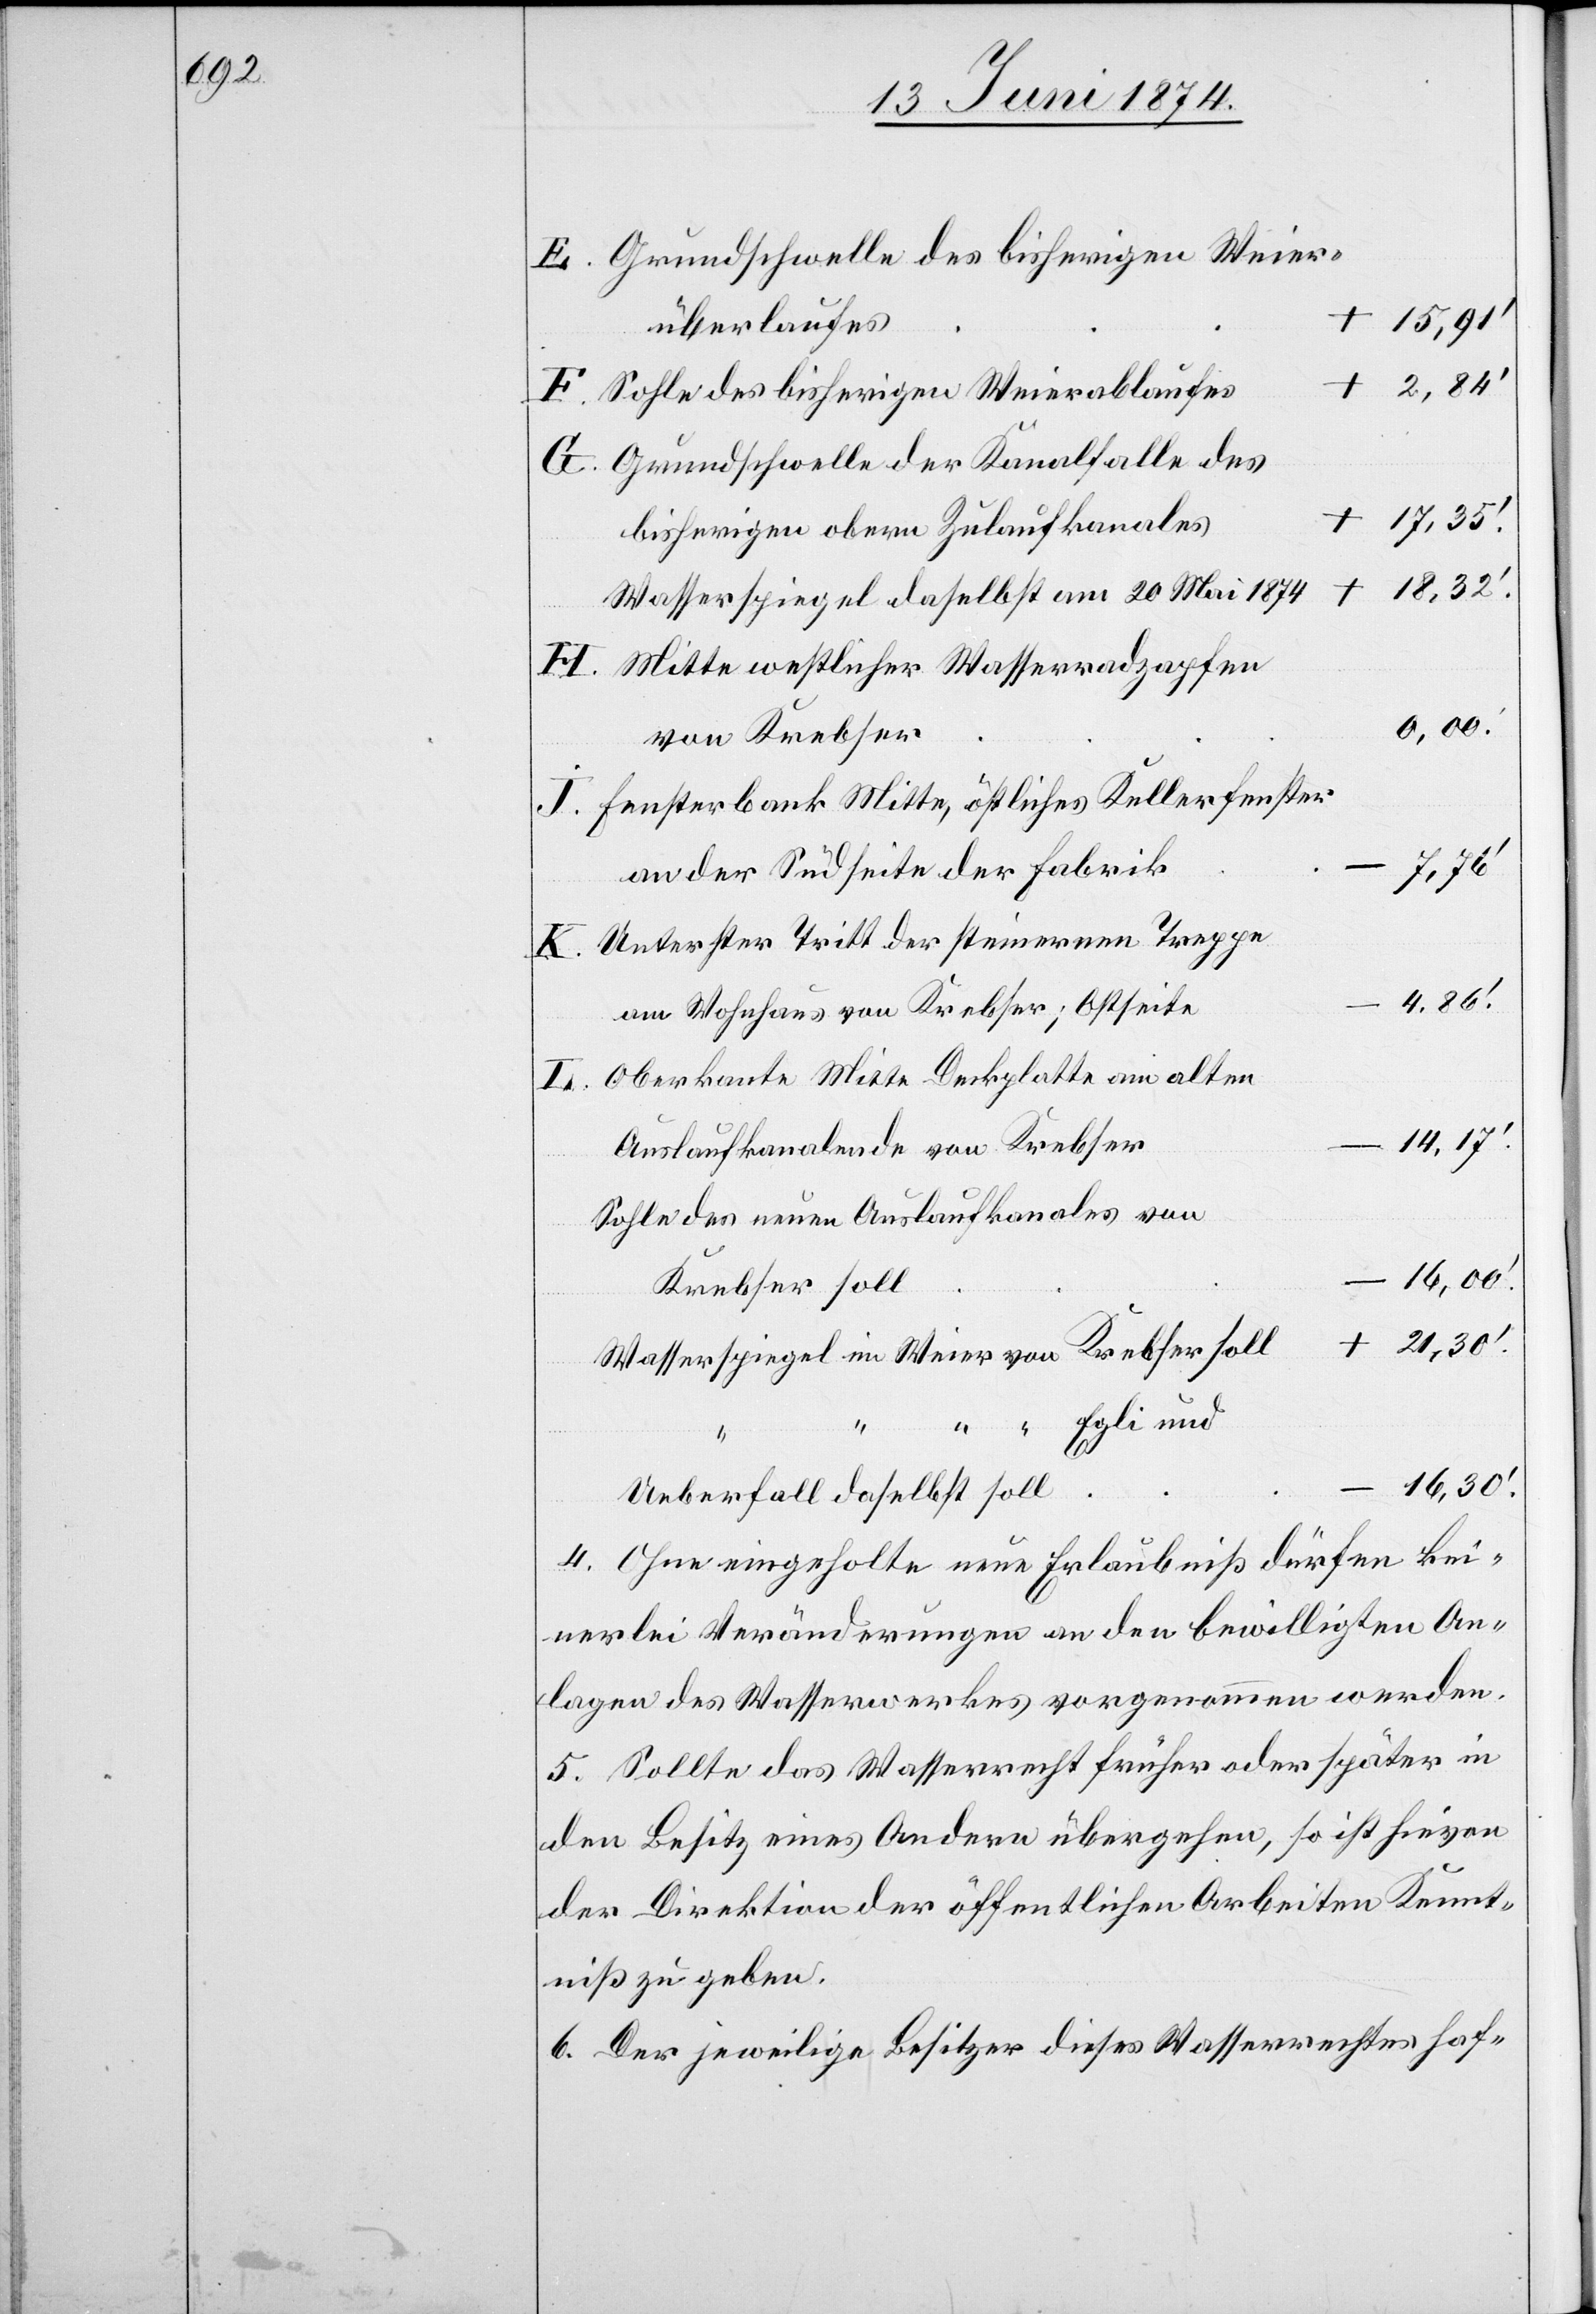
Grundschwelle des bisherigen Weier¬
überlaufes
–
Sohle des bisherigen Weierablaufes
Grundschwelle der Kanalfalle des
bisherigen obern Zulaufkanales
18,32.‘
Wasserspiegel daselbst am 20. Mai 1874
Mitte westlicher Wasserradzapfen
von Krebser
Fensterbank Mitte, östliches Kellerfenster
an der Südseite der Fabrik
soll
Unterster Tritt der steinernen Treppe
4,86.‘
am Wohnhaus von Krebser; Ostseite
Oberkante Mitte Deckplatte am alten
14,17.‘
Auslaufkanalende von Krebser
Sohle des neuen Auslaufkanales von
16,00.‘
Krebser soll
21,30.‘
Wasserspiegel im Weier von Krebser soll
“ “ Egli und
16,30.‘
4. Ohne eingeholte neue Erlaubniß dürfen kei¬
nerlei Veränderungen an den bewilligten An¬
lagen des Wasserwerkes vorgenommen werden.
5. Sollte das Wasserrecht früher oder später in
den Besitz eines Andern übergehen, so ist hievon
der Direktion der öffentlichen Arbeiten Kennt¬
niß zu geben.
6. Der jeweilige Besitzer dieses Wasserrechtes haf-